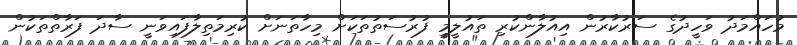
މުހައްމަދު ވަހީދުގެ ސަރުކާރުން އިއުލާންކުރި ތައުލީމީ ފުރުސަތުތަކަށް މިހާތަނަށް ކުރިމަތިލާފައިވަނީ ސާދަ ފަރާތްތަކުން